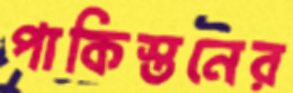
পাকিস্তনের